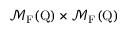
\mathcal { M } _ { \mathrm { F } } ( \mathrm { Q } ) \times \mathcal { M } _ { \mathrm { F } } ( \mathrm { Q } )